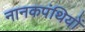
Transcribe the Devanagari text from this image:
नानकपंथियों